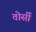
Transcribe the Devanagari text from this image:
तोर्सी